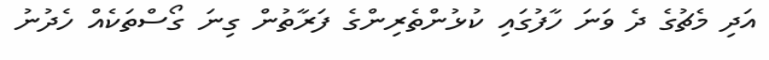
އަދި މެޗުގެ ދެ ވަނަ ހާފުގައި ކުޅުންތެރިންގެ ފަރާތުން ގިނަ ގޯސްތަކެއް ހެދުނު